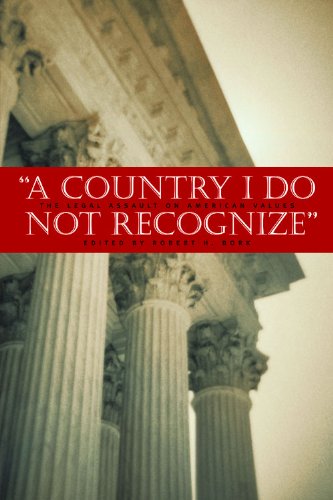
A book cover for A Country I Do Not Recognize: The Legal Assault on American Values (Hoover Institution Press Publication); Robert H. Bork; Law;